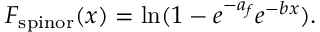
F _ { \mathrm { s p i n o r } } ( x ) = \ln ( 1 - e ^ { - a _ { f } } e ^ { - b x } ) .